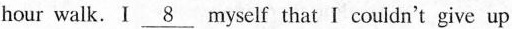
hour walk. I \underline{8} myself that I couldn't give up